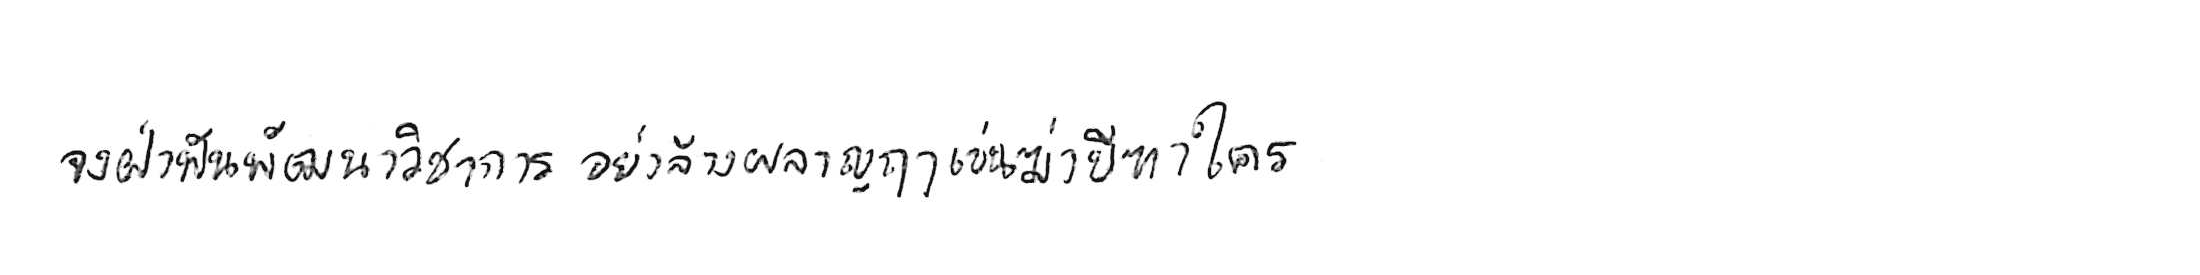
จงฝ่าฟันพัฒนาวิชาการ อย่าล้างผลาญฤๅเข่นฆ่าบีฑาใคร